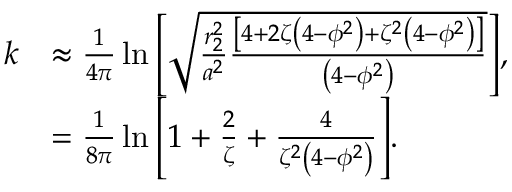
\begin{array} { r l } { k } & { \approx \frac { 1 } { 4 \pi } \ln { \left[ \sqrt { \frac { r _ { 2 } ^ { 2 } } { a ^ { 2 } } \frac { \left[ 4 + 2 \zeta \left( 4 - \phi ^ { 2 } \right) + \zeta ^ { 2 } \left( 4 - \phi ^ { 2 } \right) \right] } { \left( 4 - \phi ^ { 2 } \right) } } \right] } , } \\ & { = \frac { 1 } { 8 \pi } \ln { \left[ 1 + \frac { 2 } { \zeta } + \frac { 4 } { \zeta ^ { 2 } \left( 4 - \phi ^ { 2 } \right) } \right] } . } \end{array}